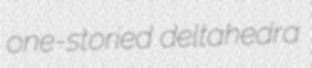
one-storied deltahedra